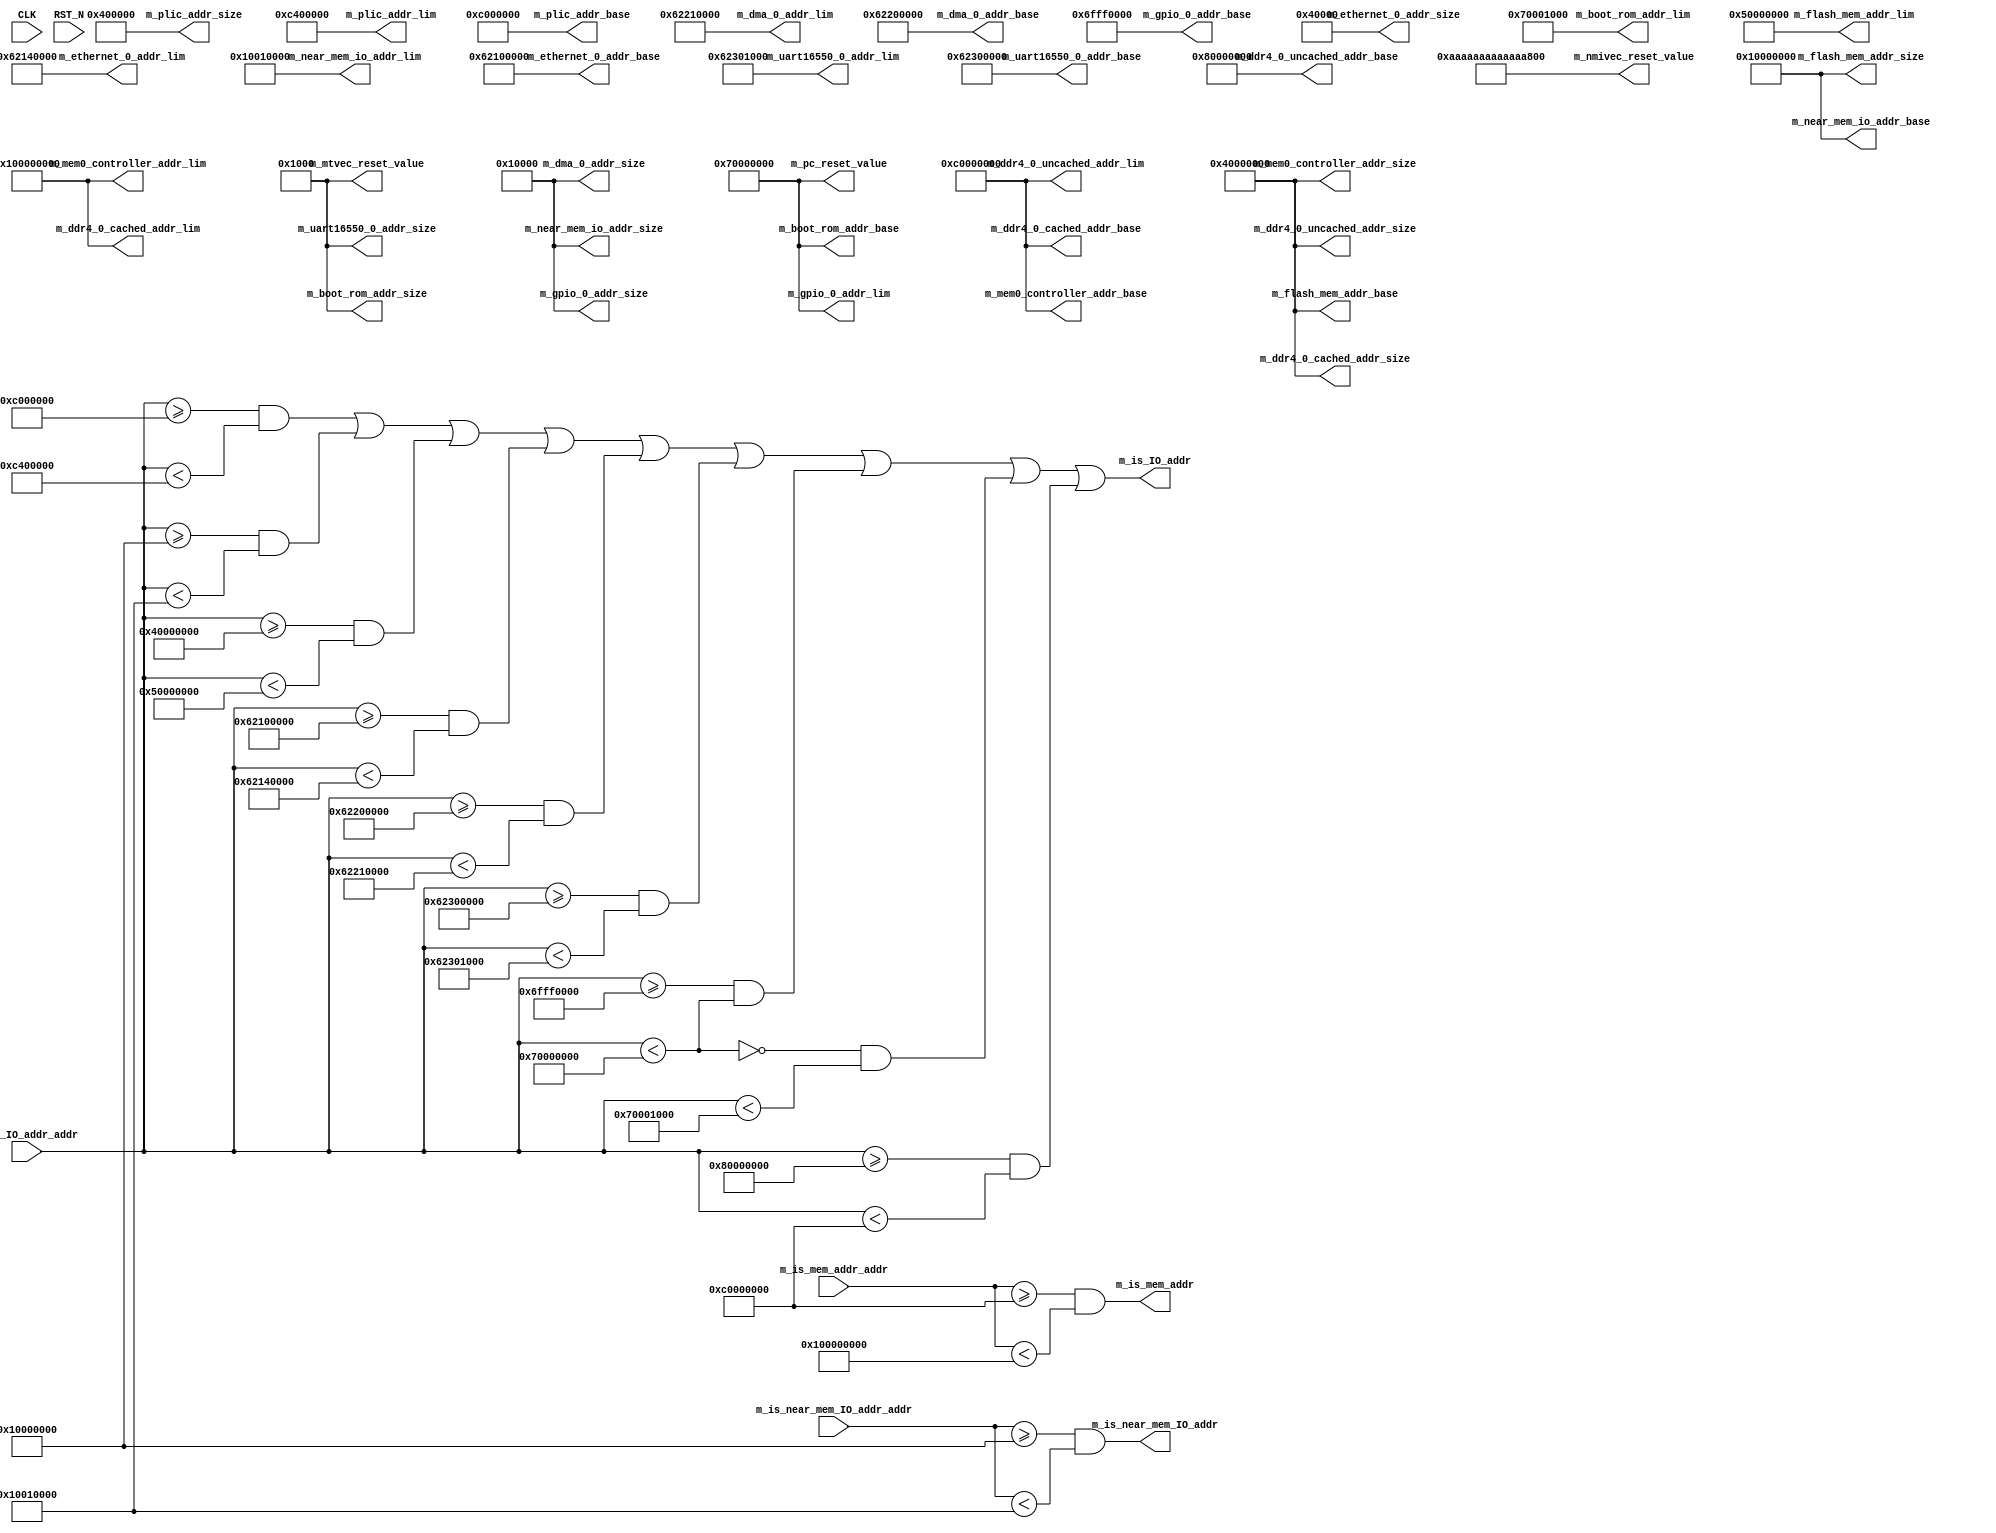
//
// Generated by Bluespec Compiler, version 2017.07.A (build e1df8052c, 2017-07-21)
//
//
//
//
// Ports:
// Name                         I/O  size props
// m_plic_addr_base               O    64 const
// m_plic_addr_size               O    64 const
// m_plic_addr_lim                O    64 const
// m_near_mem_io_addr_base        O    64 const
// m_near_mem_io_addr_size        O    64 const
// m_near_mem_io_addr_lim         O    64 const
// m_flash_mem_addr_base          O    64 const
// m_flash_mem_addr_size          O    64 const
// m_flash_mem_addr_lim           O    64 const
// m_ethernet_0_addr_base         O    64 const
// m_ethernet_0_addr_size         O    64 const
// m_ethernet_0_addr_lim          O    64 const
// m_dma_0_addr_base              O    64 const
// m_dma_0_addr_size              O    64 const
// m_dma_0_addr_lim               O    64 const
// m_uart16550_0_addr_base        O    64 const
// m_uart16550_0_addr_size        O    64 const
// m_uart16550_0_addr_lim         O    64 const
// m_gpio_0_addr_base             O    64 const
// m_gpio_0_addr_size             O    64 const
// m_gpio_0_addr_lim              O    64 const
// m_boot_rom_addr_base           O    64 const
// m_boot_rom_addr_size           O    64 const
// m_boot_rom_addr_lim            O    64 const
// m_ddr4_0_uncached_addr_base    O    64 const
// m_ddr4_0_uncached_addr_size    O    64 const
// m_ddr4_0_uncached_addr_lim     O    64 const
// m_ddr4_0_cached_addr_base      O    64 const
// m_ddr4_0_cached_addr_size      O    64 const
// m_ddr4_0_cached_addr_lim       O    64 const
// m_mem0_controller_addr_base    O    64 const
// m_mem0_controller_addr_size    O    64 const
// m_mem0_controller_addr_lim     O    64 const
// m_is_mem_addr                  O     1
// m_is_IO_addr                   O     1
// m_is_near_mem_IO_addr          O     1
// m_pc_reset_value               O    64 const
// m_mtvec_reset_value            O    64 const
// m_nmivec_reset_value           O    64 const
// CLK                            I     1 unused
// RST_N                          I     1 unused
// m_is_mem_addr_addr             I    64
// m_is_IO_addr_addr              I    64
// m_is_near_mem_IO_addr_addr     I    64
//
// Combinational paths from inputs to outputs:
//   m_is_mem_addr_addr -> m_is_mem_addr
//   m_is_IO_addr_addr -> m_is_IO_addr
//   m_is_near_mem_IO_addr_addr -> m_is_near_mem_IO_addr
//
//

`ifdef BSV_ASSIGNMENT_DELAY
`else
  `define BSV_ASSIGNMENT_DELAY
`endif

`ifdef BSV_POSITIVE_RESET
  `define BSV_RESET_VALUE 1'b1
  `define BSV_RESET_EDGE posedge
`else
  `define BSV_RESET_VALUE 1'b0
  `define BSV_RESET_EDGE negedge
`endif

module mkSoC_Map(CLK,
		 RST_N,

		 m_plic_addr_base,

		 m_plic_addr_size,

		 m_plic_addr_lim,

		 m_near_mem_io_addr_base,

		 m_near_mem_io_addr_size,

		 m_near_mem_io_addr_lim,

		 m_flash_mem_addr_base,

		 m_flash_mem_addr_size,

		 m_flash_mem_addr_lim,

		 m_ethernet_0_addr_base,

		 m_ethernet_0_addr_size,

		 m_ethernet_0_addr_lim,

		 m_dma_0_addr_base,

		 m_dma_0_addr_size,

		 m_dma_0_addr_lim,

		 m_uart16550_0_addr_base,

		 m_uart16550_0_addr_size,

		 m_uart16550_0_addr_lim,

		 m_gpio_0_addr_base,

		 m_gpio_0_addr_size,

		 m_gpio_0_addr_lim,

		 m_boot_rom_addr_base,

		 m_boot_rom_addr_size,

		 m_boot_rom_addr_lim,

		 m_ddr4_0_uncached_addr_base,

		 m_ddr4_0_uncached_addr_size,

		 m_ddr4_0_uncached_addr_lim,

		 m_ddr4_0_cached_addr_base,

		 m_ddr4_0_cached_addr_size,

		 m_ddr4_0_cached_addr_lim,

		 m_mem0_controller_addr_base,

		 m_mem0_controller_addr_size,

		 m_mem0_controller_addr_lim,

		 m_is_mem_addr_addr,
		 m_is_mem_addr,

		 m_is_IO_addr_addr,
		 m_is_IO_addr,

		 m_is_near_mem_IO_addr_addr,
		 m_is_near_mem_IO_addr,

		 m_pc_reset_value,

		 m_mtvec_reset_value,

		 m_nmivec_reset_value);
  input  CLK;
  input  RST_N;

  // value method m_plic_addr_base
  output [63 : 0] m_plic_addr_base;

  // value method m_plic_addr_size
  output [63 : 0] m_plic_addr_size;

  // value method m_plic_addr_lim
  output [63 : 0] m_plic_addr_lim;

  // value method m_near_mem_io_addr_base
  output [63 : 0] m_near_mem_io_addr_base;

  // value method m_near_mem_io_addr_size
  output [63 : 0] m_near_mem_io_addr_size;

  // value method m_near_mem_io_addr_lim
  output [63 : 0] m_near_mem_io_addr_lim;

  // value method m_flash_mem_addr_base
  output [63 : 0] m_flash_mem_addr_base;

  // value method m_flash_mem_addr_size
  output [63 : 0] m_flash_mem_addr_size;

  // value method m_flash_mem_addr_lim
  output [63 : 0] m_flash_mem_addr_lim;

  // value method m_ethernet_0_addr_base
  output [63 : 0] m_ethernet_0_addr_base;

  // value method m_ethernet_0_addr_size
  output [63 : 0] m_ethernet_0_addr_size;

  // value method m_ethernet_0_addr_lim
  output [63 : 0] m_ethernet_0_addr_lim;

  // value method m_dma_0_addr_base
  output [63 : 0] m_dma_0_addr_base;

  // value method m_dma_0_addr_size
  output [63 : 0] m_dma_0_addr_size;

  // value method m_dma_0_addr_lim
  output [63 : 0] m_dma_0_addr_lim;

  // value method m_uart16550_0_addr_base
  output [63 : 0] m_uart16550_0_addr_base;

  // value method m_uart16550_0_addr_size
  output [63 : 0] m_uart16550_0_addr_size;

  // value method m_uart16550_0_addr_lim
  output [63 : 0] m_uart16550_0_addr_lim;

  // value method m_gpio_0_addr_base
  output [63 : 0] m_gpio_0_addr_base;

  // value method m_gpio_0_addr_size
  output [63 : 0] m_gpio_0_addr_size;

  // value method m_gpio_0_addr_lim
  output [63 : 0] m_gpio_0_addr_lim;

  // value method m_boot_rom_addr_base
  output [63 : 0] m_boot_rom_addr_base;

  // value method m_boot_rom_addr_size
  output [63 : 0] m_boot_rom_addr_size;

  // value method m_boot_rom_addr_lim
  output [63 : 0] m_boot_rom_addr_lim;

  // value method m_ddr4_0_uncached_addr_base
  output [63 : 0] m_ddr4_0_uncached_addr_base;

  // value method m_ddr4_0_uncached_addr_size
  output [63 : 0] m_ddr4_0_uncached_addr_size;

  // value method m_ddr4_0_uncached_addr_lim
  output [63 : 0] m_ddr4_0_uncached_addr_lim;

  // value method m_ddr4_0_cached_addr_base
  output [63 : 0] m_ddr4_0_cached_addr_base;

  // value method m_ddr4_0_cached_addr_size
  output [63 : 0] m_ddr4_0_cached_addr_size;

  // value method m_ddr4_0_cached_addr_lim
  output [63 : 0] m_ddr4_0_cached_addr_lim;

  // value method m_mem0_controller_addr_base
  output [63 : 0] m_mem0_controller_addr_base;

  // value method m_mem0_controller_addr_size
  output [63 : 0] m_mem0_controller_addr_size;

  // value method m_mem0_controller_addr_lim
  output [63 : 0] m_mem0_controller_addr_lim;

  // value method m_is_mem_addr
  input  [63 : 0] m_is_mem_addr_addr;
  output m_is_mem_addr;

  // value method m_is_IO_addr
  input  [63 : 0] m_is_IO_addr_addr;
  output m_is_IO_addr;

  // value method m_is_near_mem_IO_addr
  input  [63 : 0] m_is_near_mem_IO_addr_addr;
  output m_is_near_mem_IO_addr;

  // value method m_pc_reset_value
  output [63 : 0] m_pc_reset_value;

  // value method m_mtvec_reset_value
  output [63 : 0] m_mtvec_reset_value;

  // value method m_nmivec_reset_value
  output [63 : 0] m_nmivec_reset_value;

  // signals for module outputs
  wire [63 : 0] m_boot_rom_addr_base,
		m_boot_rom_addr_lim,
		m_boot_rom_addr_size,
		m_ddr4_0_cached_addr_base,
		m_ddr4_0_cached_addr_lim,
		m_ddr4_0_cached_addr_size,
		m_ddr4_0_uncached_addr_base,
		m_ddr4_0_uncached_addr_lim,
		m_ddr4_0_uncached_addr_size,
		m_dma_0_addr_base,
		m_dma_0_addr_lim,
		m_dma_0_addr_size,
		m_ethernet_0_addr_base,
		m_ethernet_0_addr_lim,
		m_ethernet_0_addr_size,
		m_flash_mem_addr_base,
		m_flash_mem_addr_lim,
		m_flash_mem_addr_size,
		m_gpio_0_addr_base,
		m_gpio_0_addr_lim,
		m_gpio_0_addr_size,
		m_mem0_controller_addr_base,
		m_mem0_controller_addr_lim,
		m_mem0_controller_addr_size,
		m_mtvec_reset_value,
		m_near_mem_io_addr_base,
		m_near_mem_io_addr_lim,
		m_near_mem_io_addr_size,
		m_nmivec_reset_value,
		m_pc_reset_value,
		m_plic_addr_base,
		m_plic_addr_lim,
		m_plic_addr_size,
		m_uart16550_0_addr_base,
		m_uart16550_0_addr_lim,
		m_uart16550_0_addr_size;
  wire m_is_IO_addr, m_is_mem_addr, m_is_near_mem_IO_addr;

  // remaining internal signals
  wire m_is_IO_addr_addr_ULT_0x70000000___d35;

  // value method m_plic_addr_base
  assign m_plic_addr_base = 64'h000000000C000000 ;

  // value method m_plic_addr_size
  assign m_plic_addr_size = 64'h0000000000400000 ;

  // value method m_plic_addr_lim
  assign m_plic_addr_lim = 64'd205520896 ;

  // value method m_near_mem_io_addr_base
  assign m_near_mem_io_addr_base = 64'h0000000010000000 ;

  // value method m_near_mem_io_addr_size
  assign m_near_mem_io_addr_size = 64'h0000000000010000 ;

  // value method m_near_mem_io_addr_lim
  assign m_near_mem_io_addr_lim = 64'd268500992 ;

  // value method m_flash_mem_addr_base
  assign m_flash_mem_addr_base = 64'h0000000040000000 ;

  // value method m_flash_mem_addr_size
  assign m_flash_mem_addr_size = 64'h0000000010000000 ;

  // value method m_flash_mem_addr_lim
  assign m_flash_mem_addr_lim = 64'd1342177280 ;

  // value method m_ethernet_0_addr_base
  assign m_ethernet_0_addr_base = 64'h0000000062100000 ;

  // value method m_ethernet_0_addr_size
  assign m_ethernet_0_addr_size = 64'h0000000000040000 ;

  // value method m_ethernet_0_addr_lim
  assign m_ethernet_0_addr_lim = 64'd1645477888 ;

  // value method m_dma_0_addr_base
  assign m_dma_0_addr_base = 64'h0000000062200000 ;

  // value method m_dma_0_addr_size
  assign m_dma_0_addr_size = 64'h0000000000010000 ;

  // value method m_dma_0_addr_lim
  assign m_dma_0_addr_lim = 64'd1646329856 ;

  // value method m_uart16550_0_addr_base
  assign m_uart16550_0_addr_base = 64'h0000000062300000 ;

  // value method m_uart16550_0_addr_size
  assign m_uart16550_0_addr_size = 64'h0000000000001000 ;

  // value method m_uart16550_0_addr_lim
  assign m_uart16550_0_addr_lim = 64'd1647316992 ;

  // value method m_gpio_0_addr_base
  assign m_gpio_0_addr_base = 64'h000000006FFF0000 ;

  // value method m_gpio_0_addr_size
  assign m_gpio_0_addr_size = 64'h0000000000010000 ;

  // value method m_gpio_0_addr_lim
  assign m_gpio_0_addr_lim = 64'd1879048192 ;

  // value method m_boot_rom_addr_base
  assign m_boot_rom_addr_base = 64'h0000000070000000 ;

  // value method m_boot_rom_addr_size
  assign m_boot_rom_addr_size = 64'h0000000000001000 ;

  // value method m_boot_rom_addr_lim
  assign m_boot_rom_addr_lim = 64'd1879052288 ;

  // value method m_ddr4_0_uncached_addr_base
  assign m_ddr4_0_uncached_addr_base = 64'h0000000080000000 ;

  // value method m_ddr4_0_uncached_addr_size
  assign m_ddr4_0_uncached_addr_size = 64'h0000000040000000 ;

  // value method m_ddr4_0_uncached_addr_lim
  assign m_ddr4_0_uncached_addr_lim = 64'h00000000C0000000 ;

  // value method m_ddr4_0_cached_addr_base
  assign m_ddr4_0_cached_addr_base = 64'h00000000C0000000 ;

  // value method m_ddr4_0_cached_addr_size
  assign m_ddr4_0_cached_addr_size = 64'h0000000040000000 ;

  // value method m_ddr4_0_cached_addr_lim
  assign m_ddr4_0_cached_addr_lim = 64'h0000000100000000 ;

  // value method m_mem0_controller_addr_base
  assign m_mem0_controller_addr_base = 64'h00000000C0000000 ;

  // value method m_mem0_controller_addr_size
  assign m_mem0_controller_addr_size = 64'h0000000040000000 ;

  // value method m_mem0_controller_addr_lim
  assign m_mem0_controller_addr_lim = 64'h0000000100000000 ;

  // value method m_is_mem_addr
  assign m_is_mem_addr =
	     m_is_mem_addr_addr >= 64'h00000000C0000000 &&
	     m_is_mem_addr_addr < 64'h0000000100000000 ;

  // value method m_is_IO_addr
  assign m_is_IO_addr =
	     m_is_IO_addr_addr >= 64'h000000000C000000 &&
	     m_is_IO_addr_addr < 64'd205520896 ||
	     m_is_IO_addr_addr >= 64'h0000000010000000 &&
	     m_is_IO_addr_addr < 64'd268500992 ||
	     m_is_IO_addr_addr >= 64'h0000000040000000 &&
	     m_is_IO_addr_addr < 64'd1342177280 ||
	     m_is_IO_addr_addr >= 64'h0000000062100000 &&
	     m_is_IO_addr_addr < 64'd1645477888 ||
	     m_is_IO_addr_addr >= 64'h0000000062200000 &&
	     m_is_IO_addr_addr < 64'd1646329856 ||
	     m_is_IO_addr_addr >= 64'h0000000062300000 &&
	     m_is_IO_addr_addr < 64'd1647316992 ||
	     m_is_IO_addr_addr >= 64'h000000006FFF0000 &&
	     m_is_IO_addr_addr_ULT_0x70000000___d35 ||
	     !m_is_IO_addr_addr_ULT_0x70000000___d35 &&
	     m_is_IO_addr_addr < 64'd1879052288 ||
	     m_is_IO_addr_addr >= 64'h0000000080000000 &&
	     m_is_IO_addr_addr < 64'h00000000C0000000 ;

  // value method m_is_near_mem_IO_addr
  assign m_is_near_mem_IO_addr =
	     m_is_near_mem_IO_addr_addr >= 64'h0000000010000000 &&
	     m_is_near_mem_IO_addr_addr < 64'd268500992 ;

  // value method m_pc_reset_value
  assign m_pc_reset_value = 64'h0000000070000000 ;

  // value method m_mtvec_reset_value
  assign m_mtvec_reset_value = 64'h0000000000001000 ;

  // value method m_nmivec_reset_value
  assign m_nmivec_reset_value = 64'hAAAAAAAAAAAAAAAA ;

  // remaining internal signals
  assign m_is_IO_addr_addr_ULT_0x70000000___d35 =
	     m_is_IO_addr_addr < 64'h0000000070000000 ;
endmodule  // mkSoC_Map